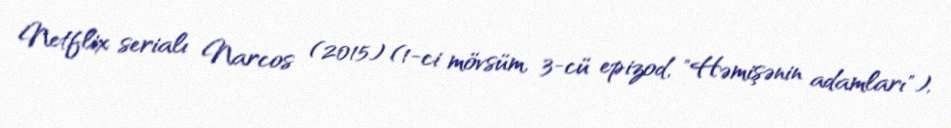
Netflix serialı Narcos (2015) (1-ci mövsüm, 3-cü epizod, "Həmişənin adamları"),